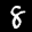
Label: 8